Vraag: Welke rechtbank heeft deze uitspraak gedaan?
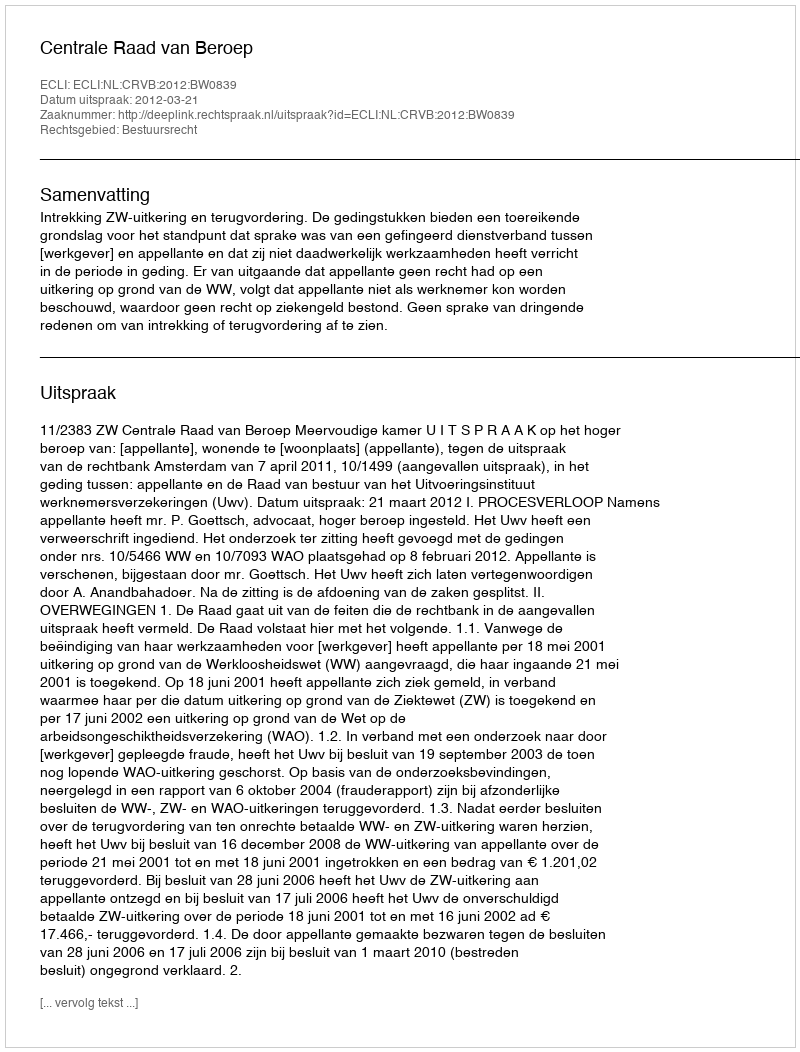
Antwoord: Centrale Raad van Beroep